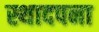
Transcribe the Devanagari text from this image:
स्थादपना